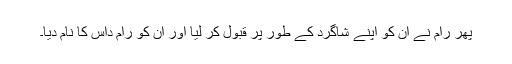
پھر رام نے ان کو اپنے شاگرد کے طور پر قبول کر لیا اور ان کو رام داس کا نام دیا۔